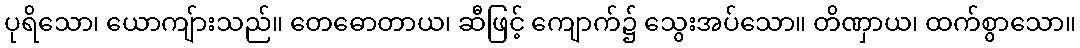
ပုရိသော၊ ယောကျ်ားသည်။ တေဓောတာယ၊ ဆီဖြင့် ကျောက်၌ သွေးအပ်သော။ တိဏှာယ၊ ထက်စွာသော။